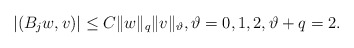
\begin{align*} \left| (B_jw,v) \right| \leq C \|w\|_q \|v\|_{\vartheta}, \vartheta=0,1,2, \vartheta+q=2. \end{align*}